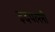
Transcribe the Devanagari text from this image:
इदपल्ली